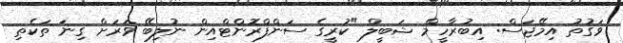
ވަގުތު އިމޭޖަސް: އިބުރާހީމް ޝަބީލް "ކުރީގެ ސަންފްރޮންޓްއިން ނުލިބޭ ވަރަށް ގިނަ ތަކެތި